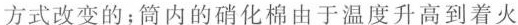
方式改变的；筒内的硝化棉由于温度升高到着火